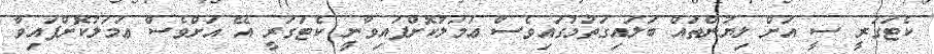
ކެޓަގަރީ ސީ އަށް ލިޔުންތައް ބަލައިގަތުމުގައިވެސް ޢަމަލުކޮށްފައިވާނީ ކެޓަގަރީ އޭ އަށްވެސް ޢަމަލުކޮށްފައިވާ